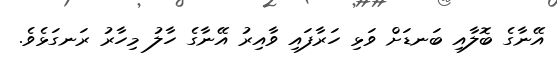
އޭނާގެ ބޮލާއި ބަނޑަށް ވަޅި ހަރާފައި ވާއިރު އޭނާގެ ހާލު މިހާރު ރަނގަޅެވެ.